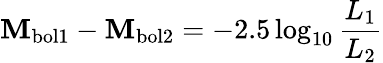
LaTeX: \mathbf{M}_{\mathrm{{bol1}}}-\mathbf{M}_{\mathrm{{bol2}}}=-2.5\log_{10}{\frac{{L_{\mathrm{{1}}}}}{{L_{\mathrm{{2}}}}}}